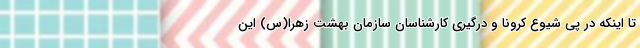
تا اینکه در پی شیوع کرونا و درگیری کارشناسان سازمان بهشت زهرا(س) این